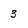
Character: 3